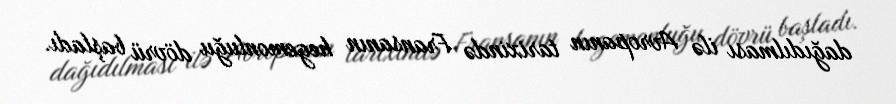
dağıdılması ilə Avropanın tarixində Fransanın hegemonluğu dövrü başladı.